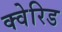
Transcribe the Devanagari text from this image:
क्वेरिड